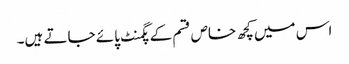
اس میں کچھ خاص قسم کے پگمنٹ پائے جاتے ہیں۔